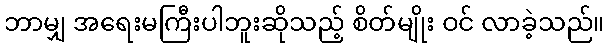
ဘာမျှ အရေးမကြီးပါဘူးဆိုသည့် စိတ်မျိုး ဝင် လာခဲ့သည်။